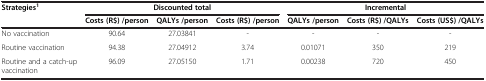
| <ROWSPAN=2> Strategies1 | <COLSPAN=3> Discounted total | <COLSPAN=3> Incremental |
 | Costs (R$) /person | QALYs /person | Costs (R$) /person | QALYs /person | Costs (R$) /QALYs | Costs (US$) /QALYs |
 | --- | --- | --- | --- | --- | --- | --- |
 | No vaccination | 90.64 | 27.03841 | - | - | - | - |
 | Routine vaccination | 94.38 | 27.04912 | 3.74 | 0.01071 | 350 | 219 |
 | Routine and a catch-up vaccination | 96.09 | 27.05150 | 1.71 | 0.00238 | 720 | 450 |